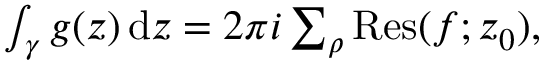
\begin{array} { r } { \int _ { \gamma } g ( z ) \, \mathrm { d } z = 2 \pi i \sum _ { \rho } \operatorname { R e s } ( f ; z _ { 0 } ) , } \end{array}